system: You are a helpful assistant.
user:
Analyze the provided spectrum to determine if it is a **M-type Giant (gM)**.

A M-type Giant spectrum is defined by its **strong molecular absorption** features, particularly from **Titanium Oxide (TiO)**. You must check for one of the following mutually exclusive signatures:

- **Key Visual Indicators (Absorption-Dominated Spectrum):**

    - **(Primary):** The spectrum is dominated by strong molecular absorption from **Titanium Oxide (TiO)**. This is the **defining feature** of its M-type temperature class.
        - **(Key Bandheads):** Look for sharp, "saw-tooth" absorption valleys. The strongest are located near **~7050 Å**, **~6160 Å**, and **~5170 Å**.
        - **(Line Profile):** The "saw-tooth" morphology is critical: a **sharp, steep drop on the BLUE (short-wavelength) side** of the bandhead, followed by a gradual recovery (rising flux) towards the RED (long-wavelength) side.

    - **(Key Confirmation - Giant vs. Dwarf):** **ABSENCE** of strong **Calcium Hydride (CaH)** molecular bands. This is the primary diagnostic for *excluding* M-dwarfs.
        - **(Key Region):** The spectrum should lack the strong, broad absorption band seen in dwarfs between **~6800 Å and ~7000 Å**.

    - **(Secondary Confirmation - Giant):** A very strong and broad **Neutral Calcium (Ca I)** atomic absorption line.
        - **(Key Line):** Located at **~4226 Å**. In a giant (gM), this line is significantly deeper and broader than the same line in an M-dwarf (dM) due to low surface gravity.

    - **(Overall Spectrum):**
        - The continuum is **extremely red-sloping** (i.e., flux is very low in the blue and rises dramatically towards the red).
        - The entire spectrum appears "chopped up" by the deep TiO bands.

Think first, call **spectral_visualization_tool** if needed to examine features in detail, then provide your final answer. Your response must adhere to the following strict rules:
1.  **Overall Structure:** Your response must follow the format `<think>...</think> <tool_call>...</tool_call> (if a tool is used) <answer>...</answer>`.
2.  **Tool Usage Constraint:** You may only make **one** tool call per turn.
3.  **Final Answer Format:** In the `<answer>` tag, your conclusion must be inside a `\boxed{}` command (e.g., `\boxed{YES}` or `\boxed{NO}`), followed by your justification.

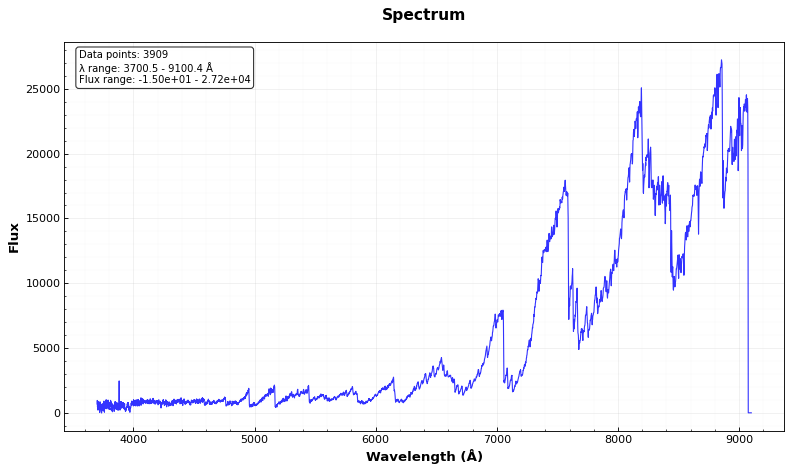
Answer: YES